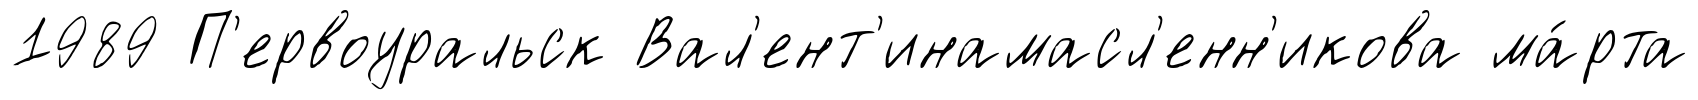
1989 П'ервоуральск Вал'ент'инамасл'енн'икова ма́рта